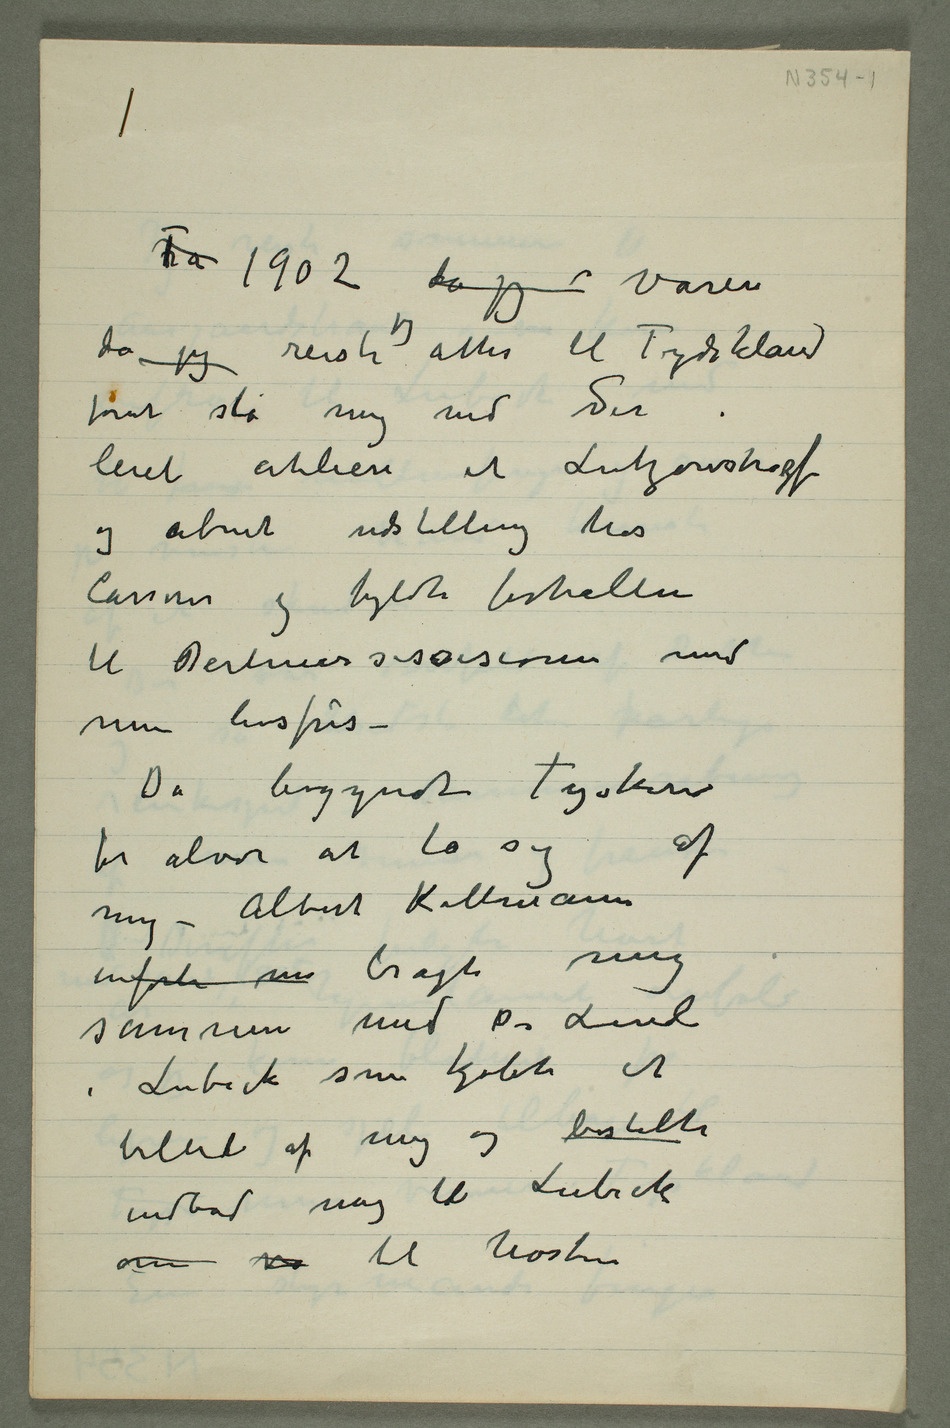
Fra 1902 da jeg  våren
da jeg reiste jeg atter til Tydskland
forat slå mig ned der
og åbnet udstilling hos
Cassirer og fyldte forhallen
til Berlinersessesionen med
min livsfris
– Da begyndte Tyskerne
for alvor at ta sig af
– Albert Kollmann
inførte mi bragte mig
sammen med Dr Linde
i Lübeck som kjøbte et
billede af mig og bestilte
indbød mig til Lübeck
om vi til høsten